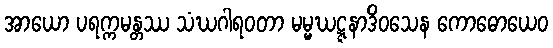
အာယော ပရက္ကမန္တဿ သံဃဂါရဝတာ မမ္မဃဋ္ဋနာဒိဝသေန ကောဓောယေဝ